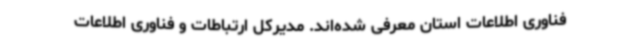
فناوری اطلاعات استان معرفی شده‌اند. مدیرکل ارتباطات و فناوری اطلاعات